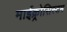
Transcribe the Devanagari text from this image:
माईक्र्रोसिस्टम